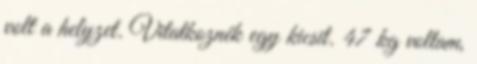
volt a helyzet. Vitatkoznék egy kicsit. 47 kg voltam,